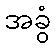
အခွံ